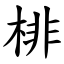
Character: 棑